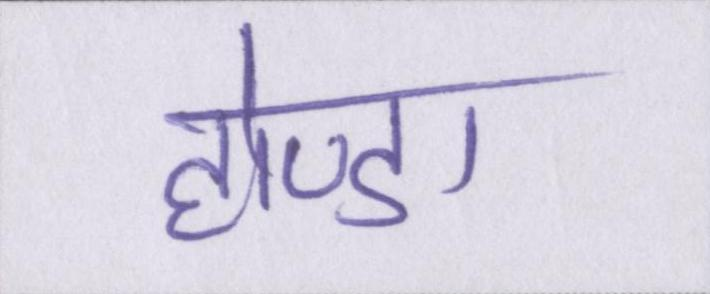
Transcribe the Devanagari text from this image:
होण्डा